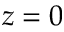
z = 0